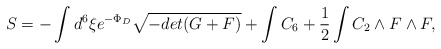
\begin{align*}S=-\int d^{6}\xi e^{-\Phi_{D}}\sqrt{-det(G+F)} + \int C_{6} +{1\over2} \int C_{2}\wedge F\wedge F ,\end{align*}